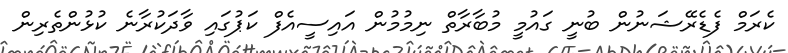
ކެރަމް ފެޑެރޭޝަނުން ބުނީ ގައުމީ މުބާރާތް ނިމުމުން އައިސީއެފް ކަޕުގައި ވާދަކުރާނެ ކުޅުންތެރިން